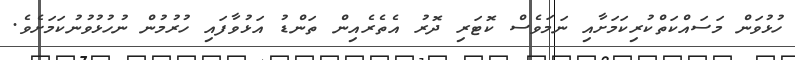
ހުޅުވަން މަސައްކަތްކުރިކަމަށާއި ނަމަވެސް ކޮޓަރި ދޮރު އެތެރެއިން ތަންޑު އަޅުވާފައި ހުރުމުން ނުހުޅުވުނުކަމަށެވެ.